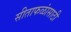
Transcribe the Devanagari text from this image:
सीताफळांसाठी